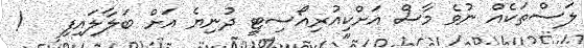
ލަސްތަކެއް ނުވެ މާސް އަށްކިއުރިއޯސިޓީ ދުނިޔެ އަށް ބަލާލައިފި   !